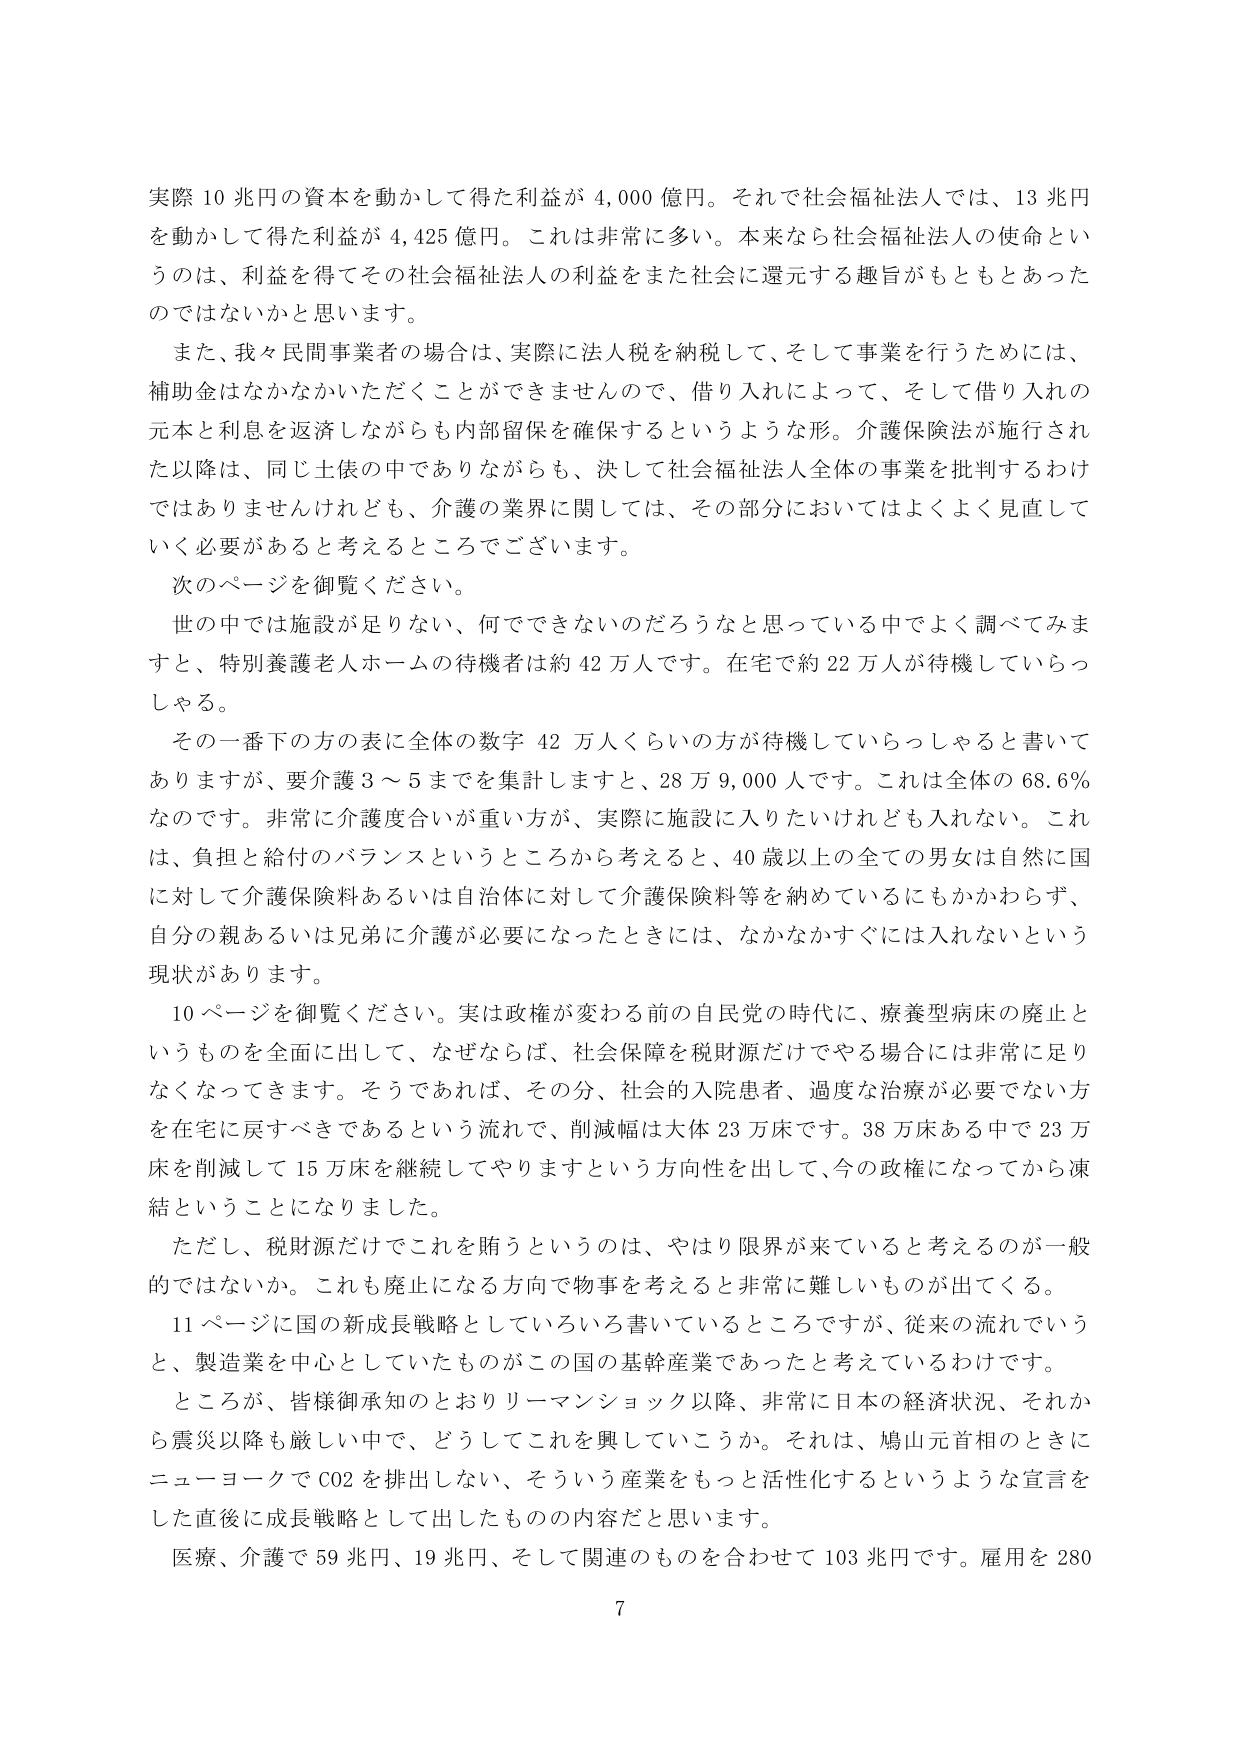
実際 10 兆円の資本を動かして得た利益が 4,000 億円。それで社会福祉法人では、13 兆円を動かして得た利益が 4,425 億円。これは非常に多い。本来なら社会福祉法人の使命というのは、利益を得てその社会福祉法人の利益をまた社会に還元する趣旨がもともとあったのではないかと思います。

また、我々民間事業者の場合は、実際に法人税を納税して、そして事業を行うためには、補助金はなかなかいただくことができませんので、借り入れによって、そして借り入れの元本と利息を返済しながらも内部留保を確保するというような形。介護保険法が施行された以降は、同じ士族の中でありながらも、決して社会福祉法人全体の事業を批判するわけではありませんけれども、介護の業界に関しては、その部分においてはよくよく見直していく必要があると考えるところでございます。

次のページを御覧ください。

世の中では施設が足りない、何でできないのだろうなと思っている中でよく調べてみますと、特別養護老人ホームの待機者は約 42 万人です。在宅で約 22 万人が待機していらっしゃる。

その一番下の方の表に全体の数字 42 万人くらいの方が待機していらっしゃると書いてありますが、要介護 3～5 までを集計しますと、28 万 9,000 人です。これは全体の 68.6％なのです。非常に介護度合いが重い方が、実際に施設に入りたいけれども入れない。これは、負担と給付のバランスというところから考えると、40 歳以上の全ての男女は自然に国に対して介護保険料あるいは自治体に対して介護保険料等を納めているにもかかわらず、自分の親あるいは兄弟に介護が必要になったときには、なかなかすぐには入れないという現状があります。

10 ページを御覧ください。実は政権が変わる前の自民党の時代に、療養型病床の廃止というものを全面に出して、なぜならば、社会保障を税財源だけでやる場合には非常に足りなくなってきます。そうであれば、その分、社会的入院患者、過度な治療が必要でない方を在宅に戻すべきであるという流れで、削減幅は大体 23 万床です。38 万床ある中で 23 万床を削減して 15 万床を継続してやりますという方向性を出して、今の政権になってから凍結ということになりました。

ただし、税財源だけでこれを賄うというのは、やはり限界が来ていると考えるのが一般的ではないか。これも廃止になる方向で物事を考えると非常に難しいものが出てくる。

11 ページに国の新成長戦略としていろいろ書いているところですが、従来の流れでいうと、製造業を中心としていたものがこの国の基幹産業であったと考えているわけです。

ところが、皆様御承知のとおりリーマンショック以降、非常に日本の経済状況、それから震災以降も厳しい中で、どうしてこれを興していこうか。それは、鳩山元首相のときにニューヨークで CO2 を排出しない、そういう産業をもっと活性化するというような宣言をした直後に成長戦略として出したものの内容だと思います。

医療、介護で 59 兆円、19 兆円、そして関連のものを合わせて 103 兆円です。雇用を 280

7